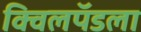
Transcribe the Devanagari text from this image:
क्विलपॅडला